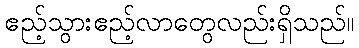
ဧည့်သွားဧည့်လာတွေလည်းရှိသည်။